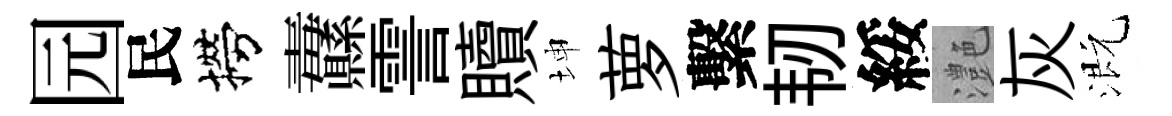
园民撈纛霅贖坤萝繫韧綏灔灰溉